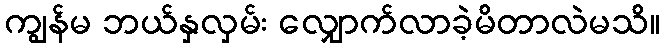
ကျွန်မ ဘယ်နှလှမ်း လျှောက်လာခဲ့မိတာလဲမသိ။